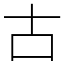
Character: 古